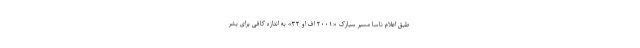
طبق اعلام ناسا مسیر سیارک «۲۰۰۱ اف او ۳۲» به اندازه کافی برای بشر